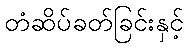
တံဆိပ်ခတ်ခြင်းနှင့်